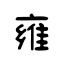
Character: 雍